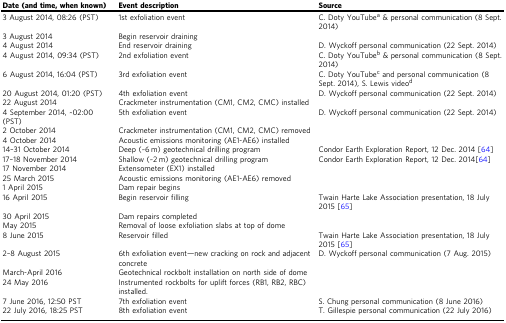
<table><thead><tr><td><b>Date (and time, when known)</b></td><td><b>Event description</b></td><td><b>Source</b></td></tr></thead><tbody><tr><td>3 August 2014, 08:26 (PST)</td><td>1st exfoliation event</td><td>C. Doty YouTube<sup>a</sup> &amp; personal communication (8 Sept. 2014)</td></tr><tr><td>3 August 2014</td><td>Begin reservoir draining</td><td></td></tr><tr><td>4 August 2014</td><td>End reservoir draining</td><td>D. Wyckoff personal communication (22 Sept. 2014)</td></tr><tr><td>4 August 2014, 09:34 (PST)</td><td>2nd exfoliation event</td><td>C. Doty YouTube<sup>b</sup> &amp; personal communication (8 Sept. 2014)</td></tr><tr><td>6 August 2014, 16:04 (PST)</td><td>3rd exfoliation event</td><td>C. Doty YouTube<sup>c</sup> and personal communication (8 Sept. 2014), S. Lewis video<sup>d</sup></td></tr><tr><td>20 August 2014, 01:20 (PST)</td><td>4th exfoliation event</td><td>D. Wyckoff personal communication (22 Sept. 2014)</td></tr><tr><td>22 August 2014</td><td>Crackmeter instrumentation (CM1, CM2, CMC) installed</td><td></td></tr><tr><td>4 September 2014, ~02:00 (PST)</td><td>5th exfoliation event</td><td>D. Wyckoff personal communication (22 Sept. 2014)</td></tr><tr><td>2 October 2014</td><td>Crackmeter instrumentation (CM1, CM2, CMC) removed</td><td></td></tr><tr><td>4 October 2014</td><td>Acoustic emissions monitoring (AE1-AE6) installed</td><td></td></tr><tr><td>14–31 October 2014</td><td>Deep (~6 m) geotechnical drilling program</td><td>Condor Earth Exploration Report, 12 Dec. 2014 [64]</td></tr><tr><td>17–18 November 2014</td><td>Shallow (~2 m) geotechnical drilling program</td><td>Condor Earth Exploration Report, 12 Dec. 2014[64]</td></tr><tr><td>17 November 2014</td><td>Extensometer (EX1) installed</td><td></td></tr><tr><td>25 March 2015</td><td>Acoustic emissions monitoring (AE1-AE6) removed</td><td></td></tr><tr><td>1 April 2015</td><td>Dam repair begins</td><td></td></tr><tr><td>16 April 2015</td><td>Begin reservoir filling</td><td>Twain Harte Lake Association presentation, 18 July 2015 [65]</td></tr><tr><td>30 April 2015</td><td>Dam repairs completed</td><td></td></tr><tr><td>May 2015</td><td>Removal of loose exfoliation slabs at top of dome</td><td></td></tr><tr><td>8 June 2015</td><td>Reservoir filled</td><td>Twain Harte Lake Association presentation, 18 July 2015 [65]</td></tr><tr><td>2–8 August 2015</td><td>6th exfoliation event—new cracking on rock and adjacent concrete</td><td>D. Wyckoff personal communication (7 Aug. 2015)</td></tr><tr><td>March-April 2016</td><td>Geotechnical rockbolt installation on north side of dome</td><td></td></tr><tr><td>24 May 2016</td><td>Instrumented rockbolts for uplift forces (RB1, RB2, RBC) installed.</td><td></td></tr><tr><td>7 June 2016, 12:50 PST</td><td>7th exfoliation event</td><td>S. Chung personal communication (8 June 2016)</td></tr><tr><td>22 July 2016, 18:25 PST</td><td>8th exfoliation event</td><td>T. Gillespie personal communication (22 July 2016)</td></tr></tbody></table>